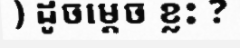
) ដូចម្តេច ខ្លះ ?